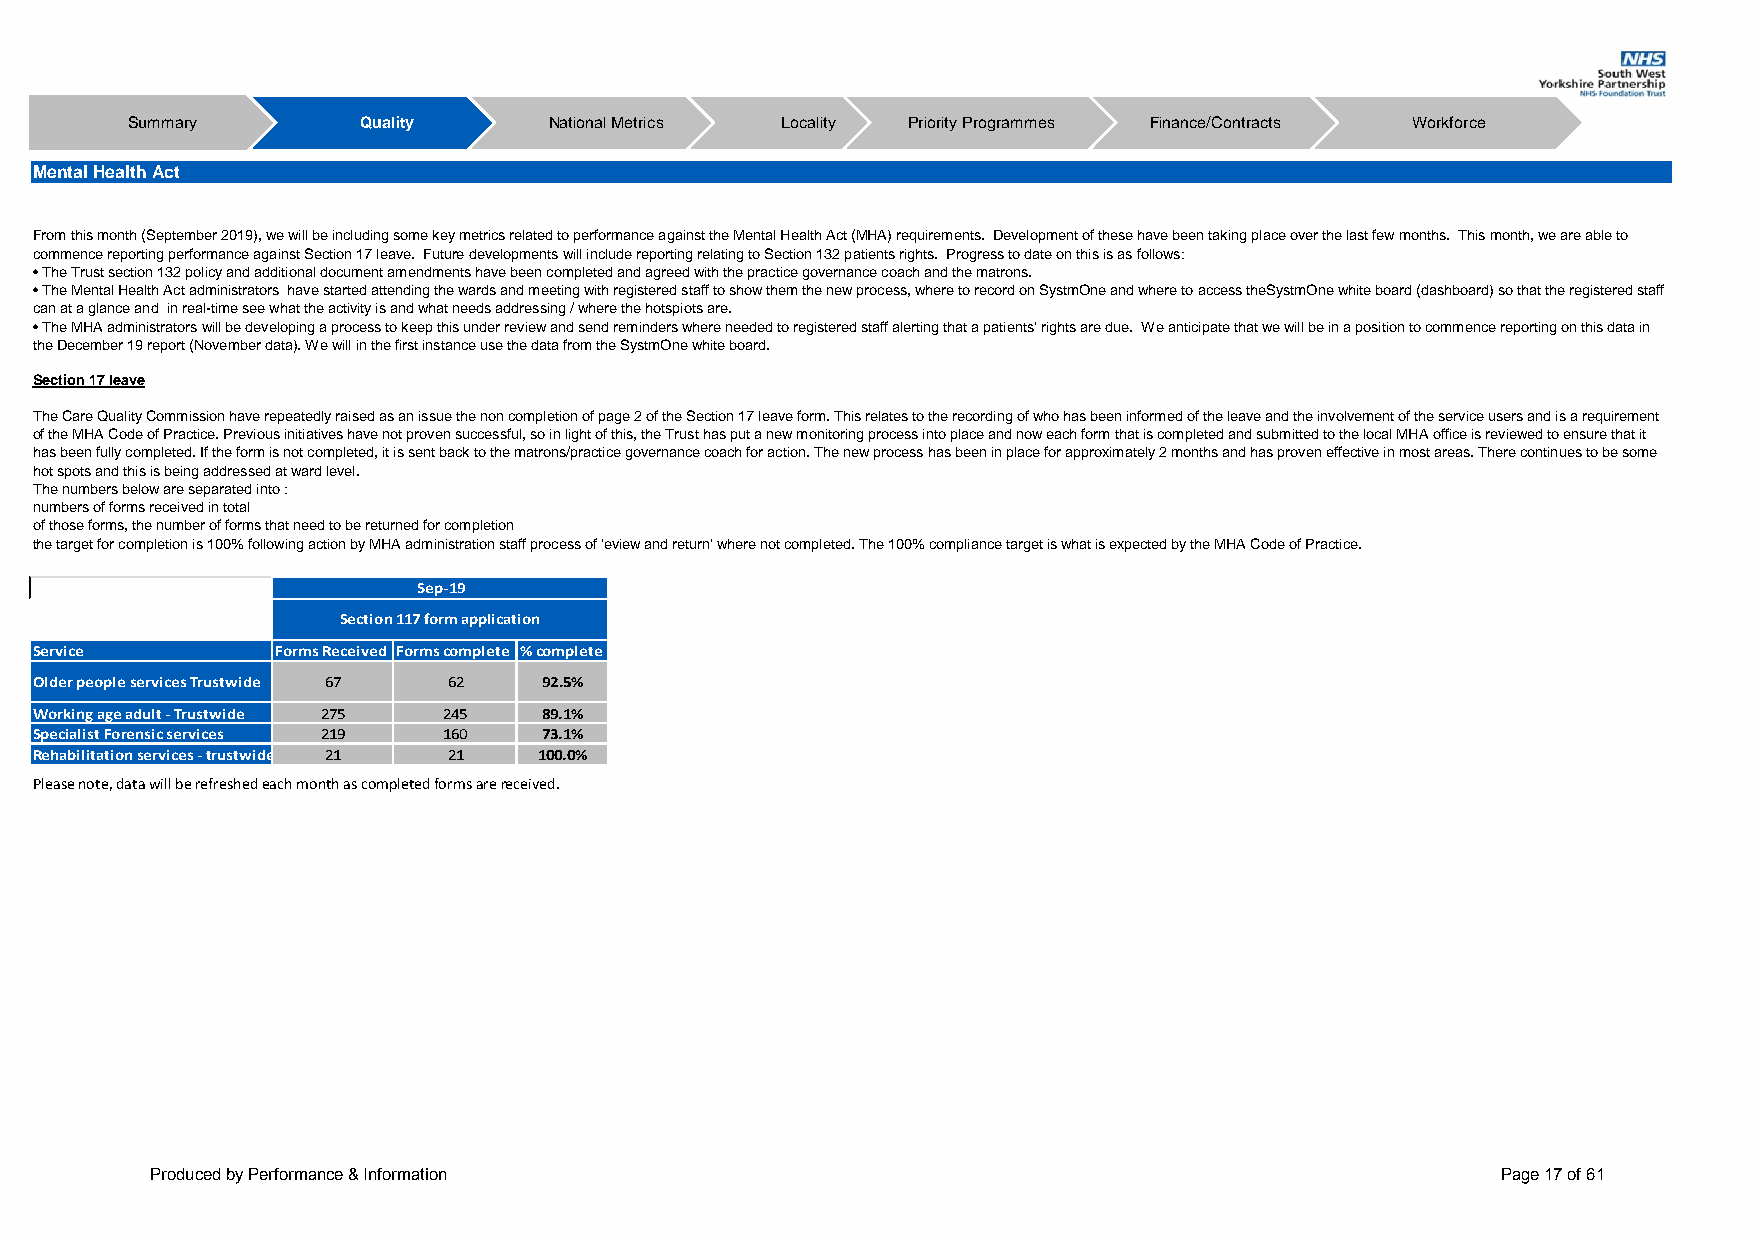
Summary         Quality     National Metrics Locality Priority Programmes Finance/Contracts Workforce
 Mental Health Act
 From this month (September 2019), we will be including some key metrics related to performance against the Mental Health Act (MHA) requirements. Development of these have been taking place over the last few months. This month, we are able to
 commence reporting performance against Section 17 leave. Future developments will include reporting relating to Section 132 patients rights. Progress to date on this is as follows:
 • The Trust section 132 policy and additional document amendments have been completed and agreed with the practice governance coach and the matrons.
 • The Mental Health Act administrators have started attending the wards and meeting with registered staff to show them the new process, where to record on SystmOne and where to access theSystmOne white board (dashboard) so that the registered staff
 can at a glance and in real-time see what the activity is and what needs addressing / where the hotspiots are.
 • The MHA administrators will be developing a process to keep this under review and send reminders where needed to registered staff alerting that a patients’ rights are due. We anticipate that we will be in a position to commence reporting on this data in
 the December 19 report (November data). We will in the first instance use the data from the SystmOne white board.
 Section 17 leave
 The Care Quality Commission have repeatedly raised as an issue the non completion of page 2 of the Section 17 leave form. This relates to the recording of who has been informed of the leave and the involvement of the service users and is a requirement
 of the MHA Code of Practice. Previous initiatives have not proven successful, so in light of this, the Trust has put a new monitoring process into place and now each form that is completed and submitted to the local MHA office is reviewed to ensure that it
 has been fully completed. If the form is not completed, it is sent back to the matrons/practice governance coach for action. The new process has been in place for approximately 2 months and has proven effective in most areas. There continues to be some
 hot spots and this is being addressed at ward level.
 The numbers below are separated into :
 numbers of forms received in total
 of those forms, the number of forms that need to be returned for completion
 the target for completion is 100% following action by MHA administration staff process of 'eview and return' where not completed. The 100% compliance target is what is expected by the MHA Code of Practice.
 Sep‐19
 Section 117 form application
 Service         Forms Received Forms complete % complete
 Older people services Trustwide 67 62 92.5%
 Working age adult ‐ Trustwide 275 245 89.1%
 Specialist Forensic services 219 160 73.1%
 Rehabilitation services ‐ trustwide 21 21 100.0%
 Please note, data will be refreshed each month as completed forms are received.
 Produced by Performance & Information                                                    Page 17 of 61